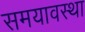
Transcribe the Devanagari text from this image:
समयावस्था